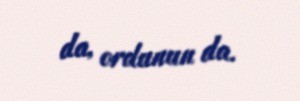
da, ordunun da.